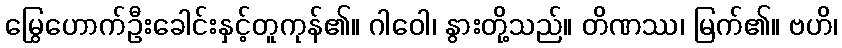
မြွေဟောက်ဦးခေါင်းနှင့်တူကုန်၏။ ဂါဝေါ၊ နွားတို့သည်။ တိဏဿ၊ မြက်၏။ ဗဟိ၊